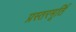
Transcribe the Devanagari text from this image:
प्रस्तरमूर्ति